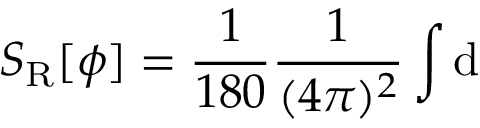
S _ { \mathrm { R } } [ \phi ] = \frac { 1 } { 1 8 0 } \frac { 1 } { ( 4 \pi ) ^ { 2 } } \int \mathrm { d }